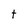
Character: t